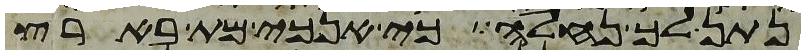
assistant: נתן לך נחלה כי אנכי מת בארץ